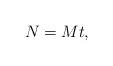
LaTeX: \begin{align*} N=Mt,\end{align*}